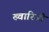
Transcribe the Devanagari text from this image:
ख्वारिजी